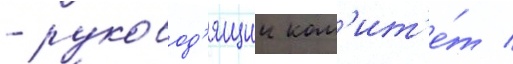
- руковод'ящии ком'ит'е́т /